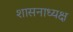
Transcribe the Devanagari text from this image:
शासनाध्‍यक्ष